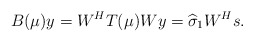
\begin{align*}B(\mu)y=W^{H}T(\mu)Wy=\widehat{\sigma}_{1}W^{H}s.\end{align*}